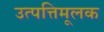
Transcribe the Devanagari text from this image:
उत्पत्तिमूलक